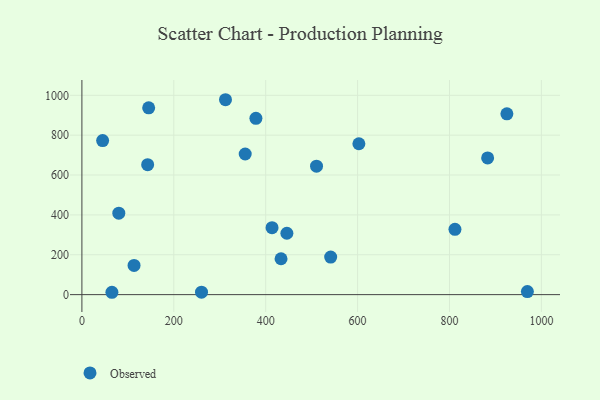
{"axis": {"x": "Price", "y": "Salary"}, "legend": ["Observed"], "data": [{"x": "378.7", "y": 884.3, "type": "Observed"}, {"x": "80.3", "y": 408.7, "type": "Observed"}, {"x": "355.4", "y": 705.6, "type": "Observed"}, {"x": "446.1", "y": 307.9, "type": "Observed"}, {"x": "65.3", "y": 11.8, "type": "Observed"}, {"x": "433.4", "y": 180.1, "type": "Observed"}, {"x": "260.3", "y": 12.4, "type": "Observed"}, {"x": "969.5", "y": 15.3, "type": "Observed"}, {"x": "510.6", "y": 644.4, "type": "Observed"}, {"x": "312.5", "y": 977.8, "type": "Observed"}, {"x": "413.8", "y": 335.9, "type": "Observed"}, {"x": "143.1", "y": 652.0, "type": "Observed"}, {"x": "45.1", "y": 772.7, "type": "Observed"}, {"x": "883.0", "y": 685.8, "type": "Observed"}, {"x": "541.4", "y": 188.4, "type": "Observed"}, {"x": "811.9", "y": 327.8, "type": "Observed"}, {"x": "924.9", "y": 907.1, "type": "Observed"}, {"x": "113.5", "y": 146.5, "type": "Observed"}, {"x": "602.8", "y": 757.0, "type": "Observed"}, {"x": "145.3", "y": 937.0, "type": "Observed"}]}